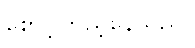
စောင့်ကြည့်နေသည်။